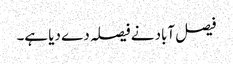
فیصل آباد نے فیصلہ دے دیا ہے۔